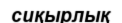
сиқырлық